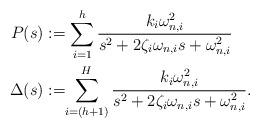
LaTeX: \begin{align*} P(s) &:= \sum_{i=1}^h \frac{k_{i}\omega_{n,i}^2}{s^2 +2\zeta_i\omega_{n,i} s + \omega^2_{n,i}} \\ \Delta(s) &:=\!\!\sum_{i=(h+1)}^H \frac{k_{i}\omega_{n,i}^2}{s^2 +2\zeta_i\omega_{n,i} s + \omega^2_{n,i}}.\end{align*}